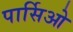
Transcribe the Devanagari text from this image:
पार्सिओ